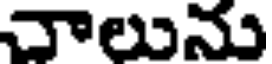
చాలును